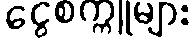
ငွေစက္ကူများ